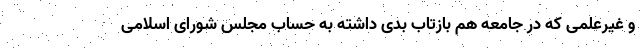
و غیرعلمی که در جامعه هم بازتاب بدی داشته به حساب مجلس شورای اسلامی